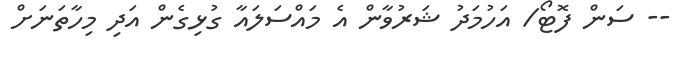
-- ސަން ފޮޓޯ/ އަހުމަދު ޝަރުވާން އެ މައްސަލައާ ގުޅިގެން އަދި މިހާތަނަށް